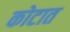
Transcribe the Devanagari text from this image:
कोटात